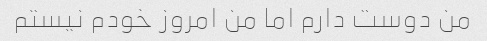
من دوست دارم اما من امروز خودم نیستم